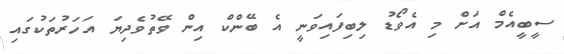
ސީބީއެމް އަށް މި އެވޯޑު ލިބިފައިވަނީ އެ ބޭންކް އިން ވޭތުވެދިޔަ އަހަރުތަކުގައި